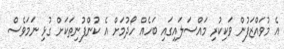
އެ މުވައްޒަފުން ވަކިކުރި މައްސަލައިގައި ބަހެއް ހޯދުމަށް އެ ކުންފުނިތަކަށް ގުޅި ނަމަވެސް